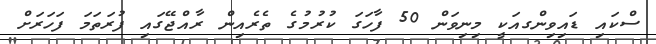
ސްކައި ޑައިވިންގއަކީ މިނިވަން 50 ފާހަގަ ކުރުމުގެ ތެރެއިން ރާއްޖޭގައި ފުރަތަމަ ފަހަރަށް